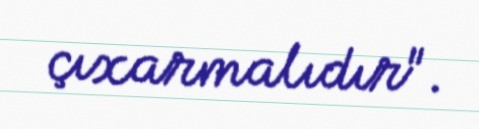
çıxarmalıdır".